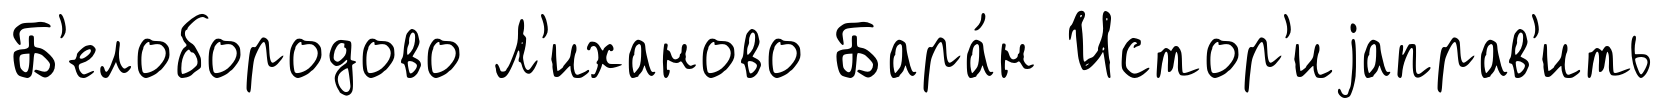
Б'елобородово Л'иханово Бара́н Истор'иjаправ'ить